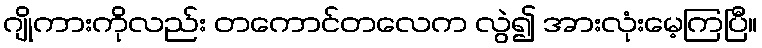
ဂျိုကားကိုလည်း တကောင်တလေက လွဲ၍ အားလုံးမေ့ကြပြီ။